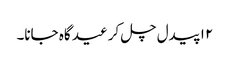
۱۲ پیدل چل کر عید گاہ جانا۔